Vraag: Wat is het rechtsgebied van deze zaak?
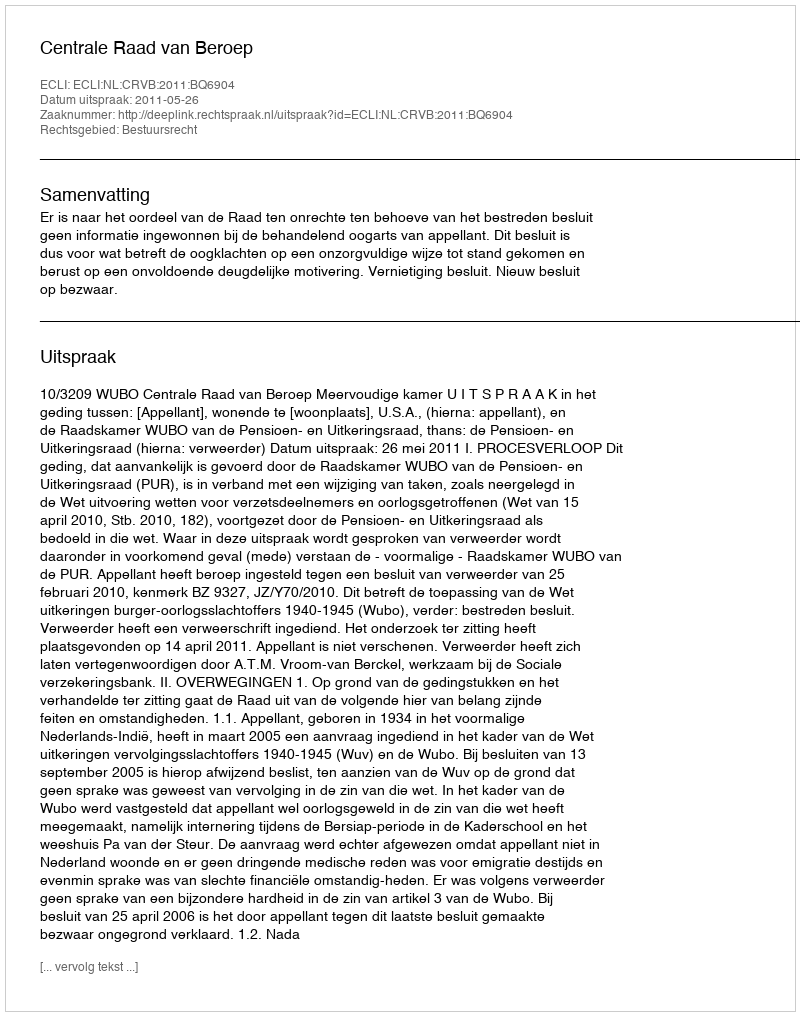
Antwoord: Bestuursrecht